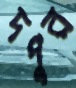
দপুর